Vaccination in the Punjab 1867-1880 - 1867-1880
Year: 1867
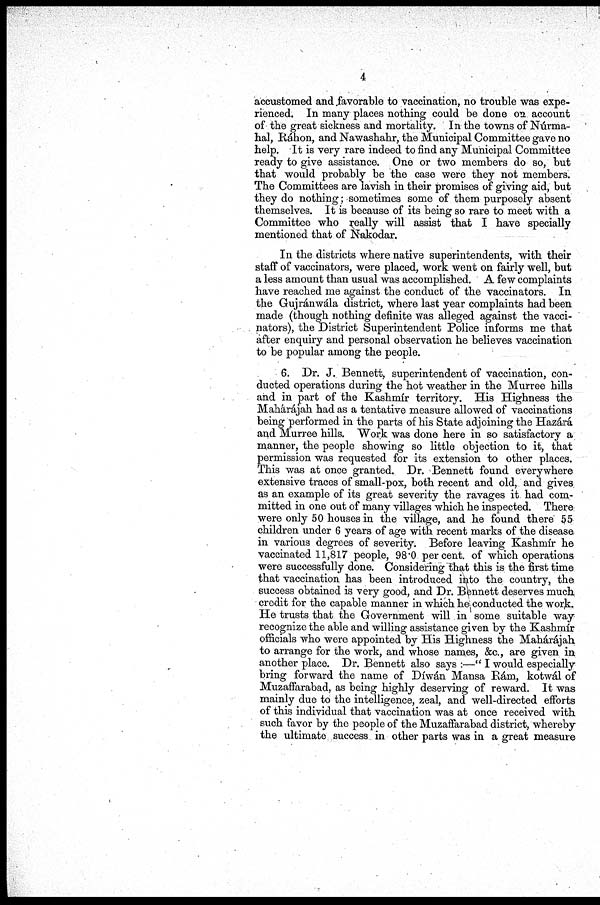
4
accustomed and favorable to vaccination, no trouble was expe-
rienced. In many places nothing could be done on account
of the great sickness and mortality. In the towns of Núrma¬
hal, Ráhon, and Nawashahr, the Municipal Committee gave no
help. It is very rare indeed to find any Municipal Committee
ready to give assistance. One or two members do so, but
that would probably be the case were they not members.
The Committees are lavish in their promises of giving aid, but
they do nothing; sometimes some of them purposely absent
themselves. It is because of its being so rare to meet with a
Committee who really will assist that I have specially
mentioned that of Nakodar.
In the districts where native superintendents, with their
staff of vaccinators, were placed, work went on fairly well, but
a less amount than usual was accomplished. A few complaints
have reached me against the conduct of the vaccinators. In
the Gujránwála district, where last year complaints had been
made (though nothing definite was alleged against the vacci-
nators), the District Superintendent Police informs me that
after enquiry and personal observation he believes vaccination
to be popular among the people.
6. Dr. J. Bennett, superintendent of vaccination, con-
ducted operations during the hot weather in the Murree hills
and in part of the Kashmír territory. His Highness the
Mahárájah had as a tentative measure allowed of vaccinations
being performed in the parts of his State adjoining the Hazárá
and Murree hills. Work was done here in so satisfactory a
manner, the people showing so little objection to it, that
permission was requested for its extension to other places.
This was at once granted. Dr. Bennett found everywhere
extensive traces of small-pox, both recent and old, and gives
as an example of its great severity the ravages it had com-
mitted in one out of many villages which he inspected. There
were only 50 houses in the village, and he found there 55
children under 6 years of age with recent marks of the disease
in various degrees of severity. Before leaving Kashmir he
vaccinated 11,817 people, 98.0 percent. of which operations
were successfully done. Considering that this is the first time
that vaccination has been introduced into the country, the
success obtained is very good, and Dr. Bennett deserves much
credit for the capable manner in which he conducted the work.
He trusts that the Government will in some suitable way
recognize the able and willing assistance given by the Kashmir
officials who were appointed by His Highness the Mahárájah
to arrange for the work, and whose names, &c., are given in
another place. Dr. Bennett also says :—"I would especially
bring forward the name of Díwán Mansa Rám, kotwál of
Muzaffarabad, as being highly deserving of reward. It was
mainly due to the intelligence, zeal, and well-directed efforts
of this individual that vaccination was at once received with
such favor by the people of the Muzaffarabad district, whereby
the ultimate success in other parts was in a great measure